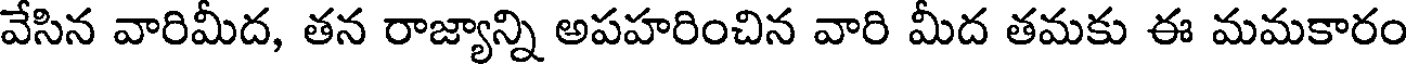
వేసిన వారిమీద, తన రాజ్యాన్ని అపహరించిన వారి మీద తమకు ఈ మమకారం